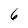
Character: 6